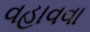
વહાવવા